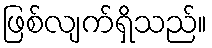
ဖြစ်လျက်ရှိသည်။